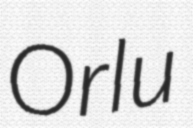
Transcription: Orlu